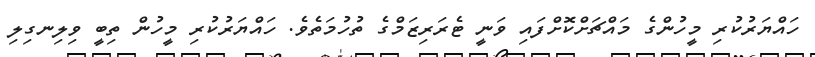
ހައްޔަރުކުރި މީހުންގެ މައްޗަށްކޮށްފައި ވަނީ ޓެރަރިޒަމްގެ ތުހުމަތެވެ. ހައްޔަރުކުރި މީހުން ތިބީ ވިލިނގިލި